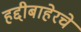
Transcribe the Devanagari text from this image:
हद्दीबाहेरचे